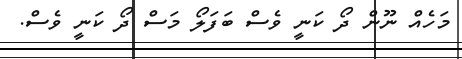
މަހެއް ނޫން ދޯ ކަނީ ވެސް ބަފަލޯ މަސް ދޯ ކަނީ ވެސް.